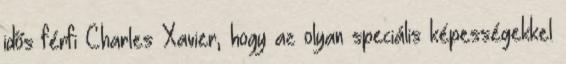
idős férfi Charles Xavier, hogy az olyan speciális képességekkel